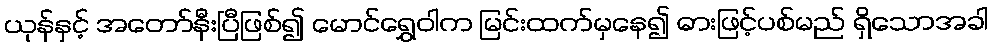
ယုန်နှင့် အတော်နီးပြီဖြစ်၍ မောင်ရွှေဝါက မြင်းထက်မှနေ၍ ဓားဖြင့်ပစ်မည် ရှိသောအခါ